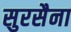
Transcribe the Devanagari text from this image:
सुरसैना